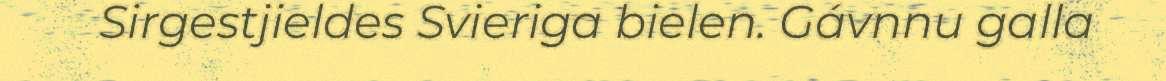
Sirgestjieldes Svieriga bielen. Gávnnu galla